Vaccine operations Central Provinces 1868-1885 - 1868-1885
Year: 1868
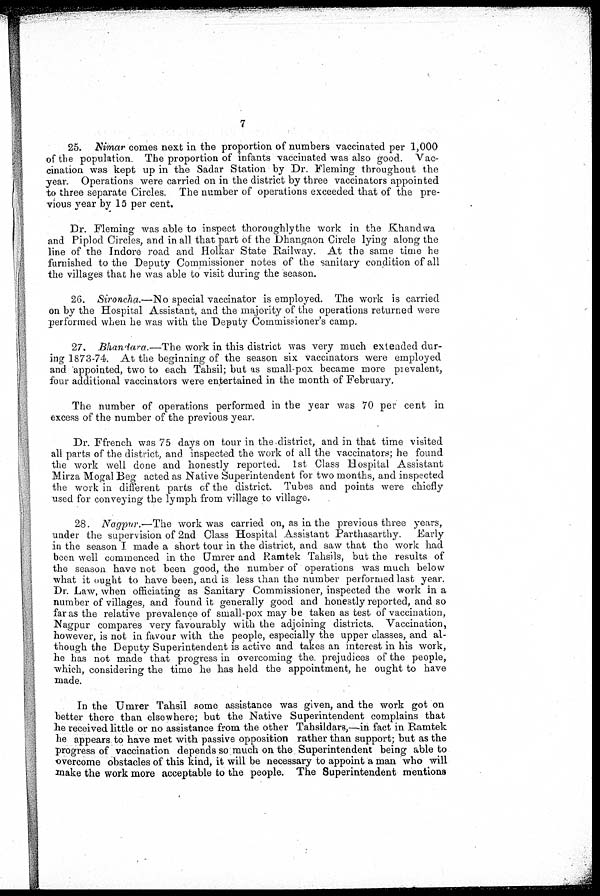
7
25. Nimar comes next in the proportion of numbers vaccinated per 1,000
of the population. The proportion of infants vaccinated was also good. Vac-
cination was kept up in the Sadar Station by Dr. Fleming throughout the
year. Operations were carried on in the district by three vaccinators appointed
to three separate Circles. The number of operations exceeded that of the pre-
vious year by 15 per cent.
Dr. Fleming was able to inspect thoroughlythe work in the Khandwa
and Piplod Circles, and in all that part of the Dhangaon Circle lying along the
line of the Indore road and Holkar State Railway. At the same time he
furnished to the Deputy Commissioner notes of the sanitary condition of all
the villages that he was able to visit during the season.
26. Sironcha.—No special vaccinator is employed. The work is carried
on by the Hospital Assistant, and the majority of the operations returned were
performed when he was with the Deputy Commissioner's camp.
27. Bhandara.—The work in this district was very much extended dur-
ing 1873-74, At the beginning of the season six vaccinators were employed
and appointed, two to each Tahsil; but as small-pox became more prevalent,
four additional vaccinators were entertained in the month of February.
The number of operations performed in the year was 70 per cent in
excess of the number of the previous year.
Dr. Ffrench was 75 days on tour in the district, and in that time visited
all parts of the district, and inspected the work of all the vaccinators; he found
the work well done and honestly reported. 1st Class Hospital Assistant
Mirza Mogal Beg acted as Native Superintendent for two months, and inspected
the work in different parts of the district. Tubes and points were chiefly
used for conveying the lymph from village to village.
28. Nagpur.—The work was carried on, as in the previous three years,
under the supervision of 2nd Class Hospital Assistant Parthasarthy.
Early
in the season I made a short tour in the district, and saw that the work had
been well commenced in the Umrer and Ramtek Tahsils, but the results of
the season have not been good, the number of operations was much below
what it ought to have been, and is less than the number performed last year.
Dr. Law, when officiating as Sanitary Commissioner, inspected the work in a
number of villages, and found it generally good and honestly reported, and so
far as the relative prevalence of small-pox may be taken as test of vaccination,
Nagpur compares very favourably with the adjoining districts. Vaccination,
however, is not in favour with the people, especially the upper classes, and al-
though the Deputy Superintendent is active and takes an interest in his work,
he has not made that progress in overcoming the prejudices of the people,
which, considering the time he has held the appointment, he ought to have
made.
In the Umrer Tahsil some assistance was given, and the work got on
better there than elsewhere; but the Native Superintendent complains that
he received little or no assistance from the other Tahsildars,—in fact in Ramtek
he appears to have met with passive opposition rather than support; but as the
progress of vaccination depends so much on the Superintendent being able to
overcome obstacles of this kind, it will be necessary to appoint a man who will
make the work more acceptable to the people. The Superintendent mentions